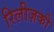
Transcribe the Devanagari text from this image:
रिलीज़की